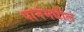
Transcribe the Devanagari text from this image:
पानंमधील